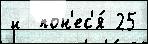
и  пон'ес'я́ 25